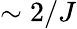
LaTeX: \sim 2/J